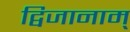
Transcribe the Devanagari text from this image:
द्विजानाम्